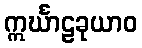
ဣင်္ဃာဠခုယာဝ